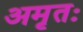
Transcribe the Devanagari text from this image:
अमृतः